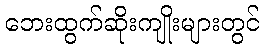
ဘေးထွက်ဆိုးကျိုးများတွင်